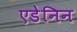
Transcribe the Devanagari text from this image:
एडेनिन